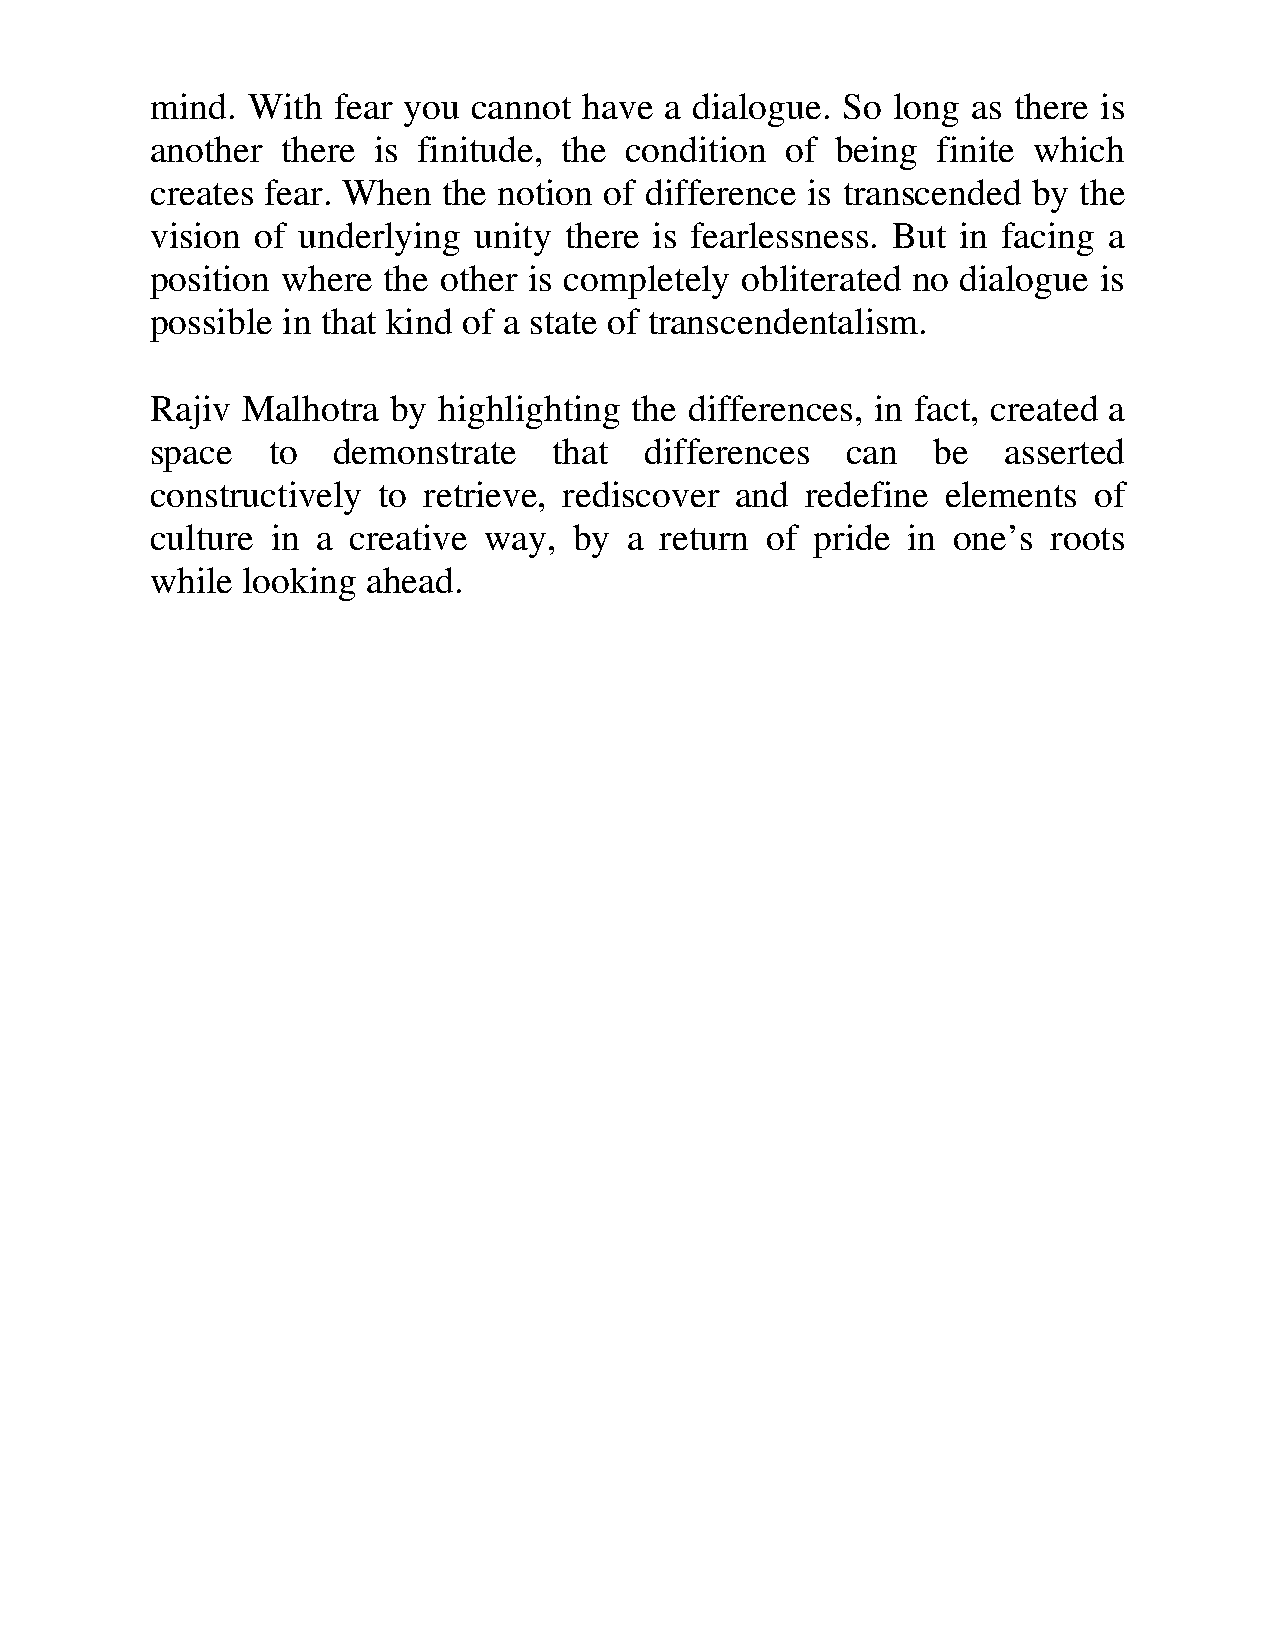
mind. With  fear you cannot  have a dialogue. So long as there is
 another  there is finitude, the condition of being  finite which
 creates fear. When the notion of difference is transcended by the
 vision of underlying unity there is fearlessness. But in facing a
 position where the other is completely obliterated no dialogue is
 possible in that kind of a state of transcendentalism.
 Rajiv Malhotra  by highlighting the differences, in fact, created a
 space   to  demonstrate    that  differences  can   be   asserted
 constructively to retrieve, rediscover and redefine  elements of
 culture in a creative way,  by a  return of pride in one’s  roots
 while looking ahead.